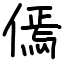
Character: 傿